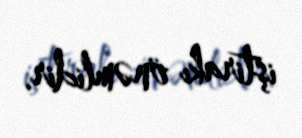
iştirakı önəmlidir.